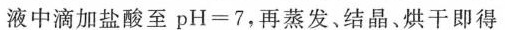
液中滴加盐酸至$$p H = 7$$，再蒸发、结晶、烘干即得